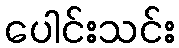
ပေါင်းသင်း